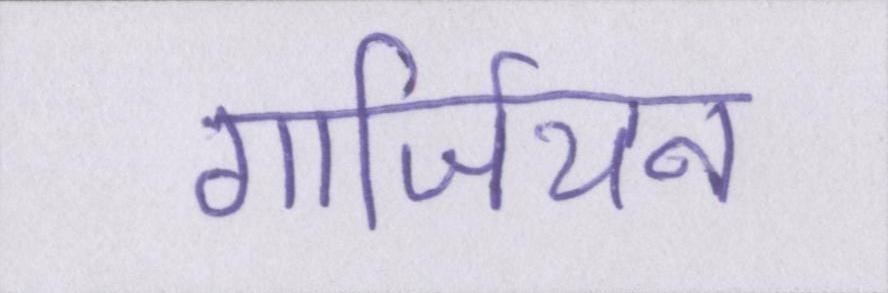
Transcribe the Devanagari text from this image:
गार्जियन